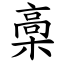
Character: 槀